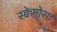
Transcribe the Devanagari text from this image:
स्क्वेमोसा